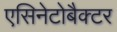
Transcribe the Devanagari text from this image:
एसिनेटोबैक्टर